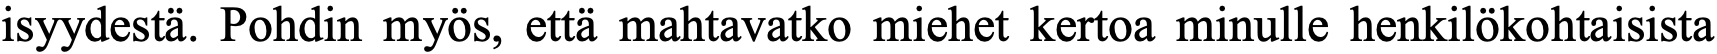
isyydestä. Pohdin myös, että mahtavatko miehet kertoa minulle henkilökohtaisista